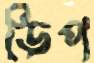
ডিপ